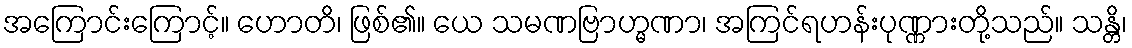
အကြောင်းကြောင့်။ ဟောတိ၊ ဖြစ်၏။ ယေ သမဏဗြာဟ္မဏာ၊ အကြင်ရဟန်းပုဏ္ဏားတို့သည်။ သန္တိ၊